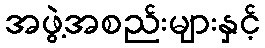
အဖွဲ့အစည်းများနှင့်